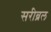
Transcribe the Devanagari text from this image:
सरीब्रल